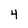
Character: 4